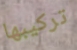
تركيبها